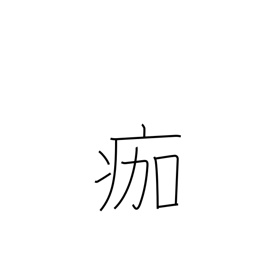
Meaning: slough